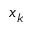
x _ { k }